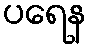
ပရေန